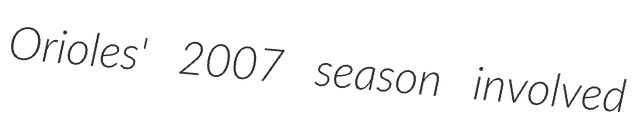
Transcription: Orioles' 2007 season involved